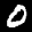
Label: 0